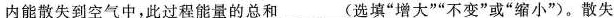
内能散失到空气中，此过程能量的总和___(选填”增大””不变”或”缩小”)。散失